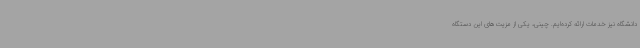
دانشگاه نیز خدمات ارائه کرده‌ایم. چینی، یکی از مزیت‌های این دستگاه